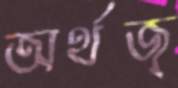
অর্থজ্